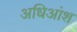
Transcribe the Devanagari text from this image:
अधिआंश